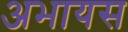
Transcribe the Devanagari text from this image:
अभायस